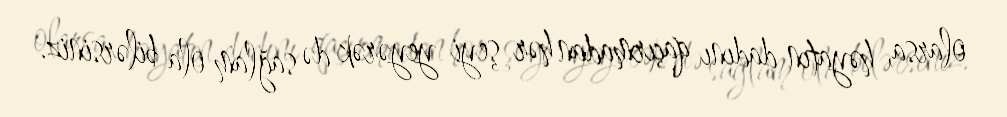
olarsa, həyatın dadını qaçırmadan hər şeyi yeyərək də sağlam ola bilərsiniz.